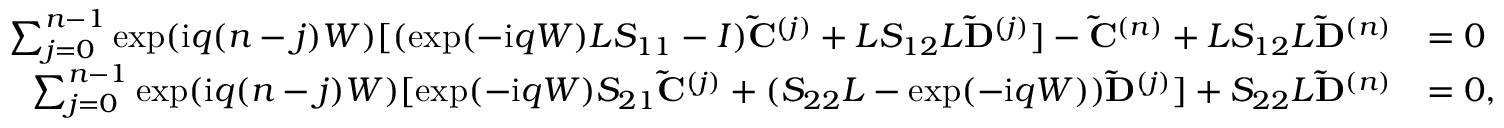
\begin{array} { r l } { \sum _ { j = 0 } ^ { n - 1 } \exp ( \mathrm { i } q ( n - j ) W ) [ ( \exp ( - \mathrm { i } q W ) L S _ { 1 1 } - I ) \mathbf { \tilde { C } } ^ { ( j ) } + L S _ { 1 2 } L \mathbf { \tilde { D } } ^ { ( j ) } ] - \mathbf { \tilde { C } } ^ { ( n ) } + L S _ { 1 2 } L \mathbf { \tilde { D } } ^ { ( n ) } } & { = 0 } \\ { \sum _ { j = 0 } ^ { n - 1 } \exp ( \mathrm { i } q ( n - j ) W ) [ \exp ( - \mathrm { i } q W ) S _ { 2 1 } \mathbf { \tilde { C } } ^ { ( j ) } + ( S _ { 2 2 } L - \exp ( - \mathrm { i } q W ) ) \mathbf { \tilde { D } } ^ { ( j ) } ] + S _ { 2 2 } L \mathbf { \tilde { D } } ^ { ( n ) } } & { = 0 , } \end{array}